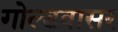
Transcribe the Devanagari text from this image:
गोल्डवासर